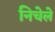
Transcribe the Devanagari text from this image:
निचेले